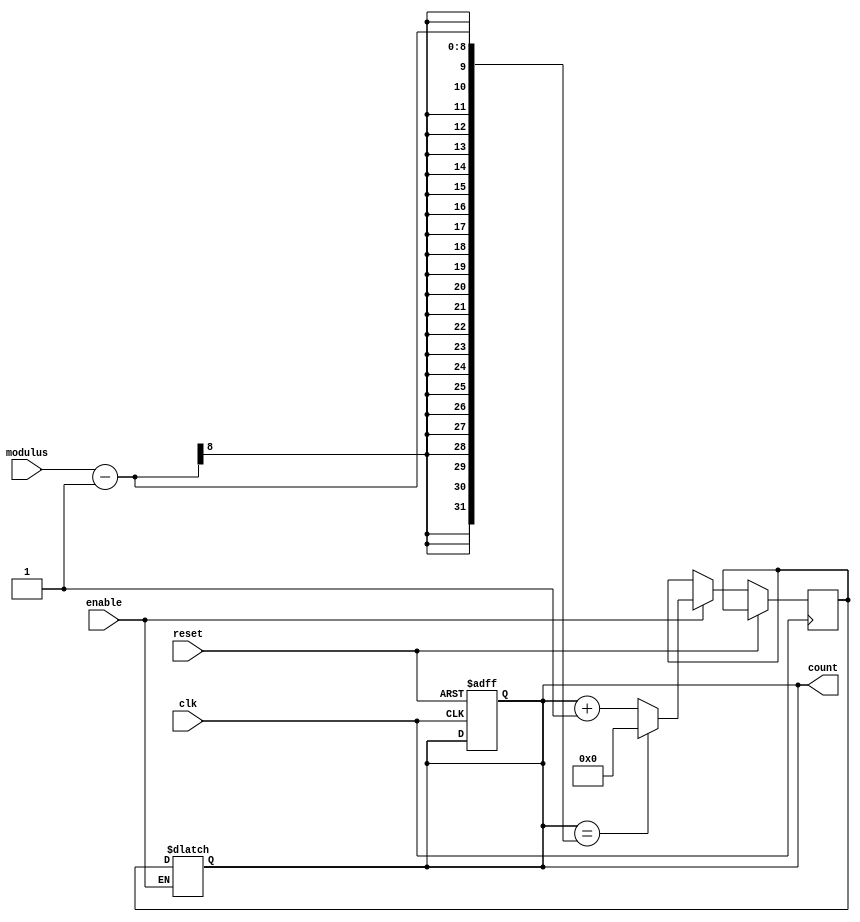
module ModulusCounter (
    input wire clk,
    input wire reset,
    input wire enable,
    input wire [7:0] modulus,
    output reg [7:0] count
);

reg [7:0] next_count;

always @(posedge clk or posedge reset) begin
    if (reset) begin
        count <= 8'h00; // reset count to zero
    end else if (enable) begin
        if (count == modulus - 1) begin
            next_count <= 8'h00; // reset count to zero
        end else begin
            next_count <= count + 1; // increment count
        end
    end
end

always @* begin
    if (enable) begin
        count <= next_count; // update count
    end
end

endmodule